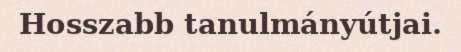
Hosszabb tanulmányútjai.